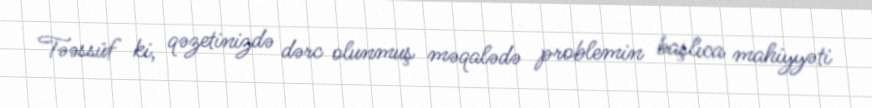
Təəssüf ki, qəzetinizdə dərc olunmuş məqalədə problemin başlıca mahiyyəti